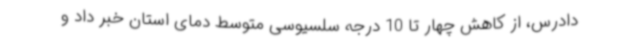
دادرس، از کاهش چهار تا 10 درجه سلسیوسی متوسط دمای استان خبر داد و